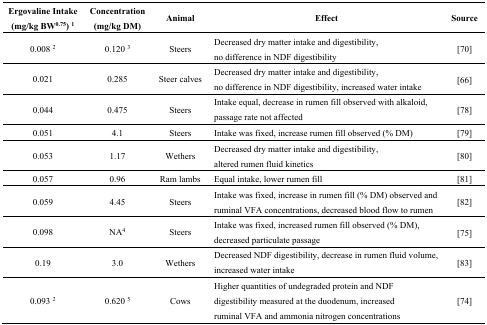
<table><thead><tr><td><b>Ergovaline Intake (mg/kg BW<sup>0.75</sup>) <sup>1</sup></b></td><td><b>Concentration (mg/kg DM)</b></td><td><b>Animal</b></td><td><b>Effect</b></td><td><b>Source</b></td></tr></thead><tbody><tr><td>0.008 <sup>2</sup></td><td>0.120 <sup>3</sup></td><td>Steers</td><td>Decreased dry matter intake and digestibility, no difference in NDF digestibility</td><td>[70]</td></tr><tr><td>0.021</td><td>0.285</td><td>Steer calves</td><td>Decreased dry matter intake and digestibility, no difference in NDF digestibility, increased water intake</td><td>[66]</td></tr><tr><td>0.044</td><td>0.475</td><td>Steers</td><td>Intake equal, decrease in rumen fill observed with alkaloid, passage rate not affected</td><td>[78]</td></tr><tr><td>0.051</td><td>4.1</td><td>Steers</td><td>Intake was fixed, increase rumen fill observed (% DM)</td><td>[79]</td></tr><tr><td>0.053</td><td>1.17</td><td>Wethers</td><td>Decreased dry matter intake and digestibility, altered rumen fluid kinetics </td><td>[80]</td></tr><tr><td>0.057</td><td>0.96</td><td>Ram lambs</td><td>Equal intake, lower rumen fill</td><td>[81]</td></tr><tr><td>0.059</td><td>4.45</td><td>Steers</td><td>Intake was fixed, increase in rumen fill (% DM) observed and ruminal VFA concentrations, decreased blood flow to rumen</td><td>[82]</td></tr><tr><td>0.098</td><td>NA<sup>4</sup></td><td>Steers</td><td>Intake was fixed, increased rumen fill observed (% DM), decreased particulate passage</td><td>[75]</td></tr><tr><td>0.19</td><td>3.0</td><td>Wethers</td><td>Decreased NDF digestibility, decrease in rumen fluid volume, increased water intake</td><td>[83]</td></tr><tr><td>0.093 <sup>2</sup></td><td>0.620 <sup>5</sup></td><td>Cows</td><td>Higher quantities of undegraded protein and NDF digestibility measured at the duodenum, increased ruminal VFA and ammonia nitrogen concentrations</td><td>[74]</td></tr></tbody></table>